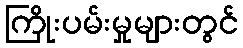
ကြိုးပမ်းမှုများတွင်